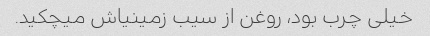
خیلی چرب بود، روغن از سیب زمینیاش میچکید.